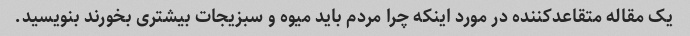
یک مقاله متقاعدکننده در مورد اینکه چرا مردم باید میوه و سبزیجات بیشتری بخورند بنویسید.